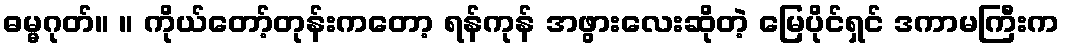
ဓမ္မဂုတ်။ ။ ကိုယ်တော့်တုန်းကတော့ ရန်ကုန် အဖွားလေးဆိုတဲ့ မြေပိုင်ရှင် ဒကာမကြီးက